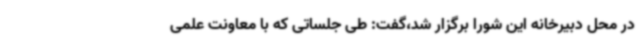
در محل دبیرخانه این شورا برگزار شد،گفت: طی جلساتی که با معاونت علمی